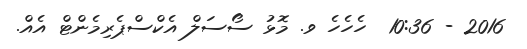
2016 - 10:36  ހެހެހެ ވ. މޮޅު ސޯސަލް އެކްސްޕެރިމެންޓް އެއް.